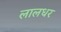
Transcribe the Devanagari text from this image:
लालधर